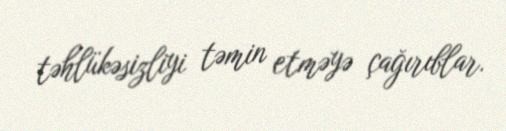
təhlükəsizliyi təmin etməyə çağırıblar.